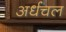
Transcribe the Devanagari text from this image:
अर्धचल